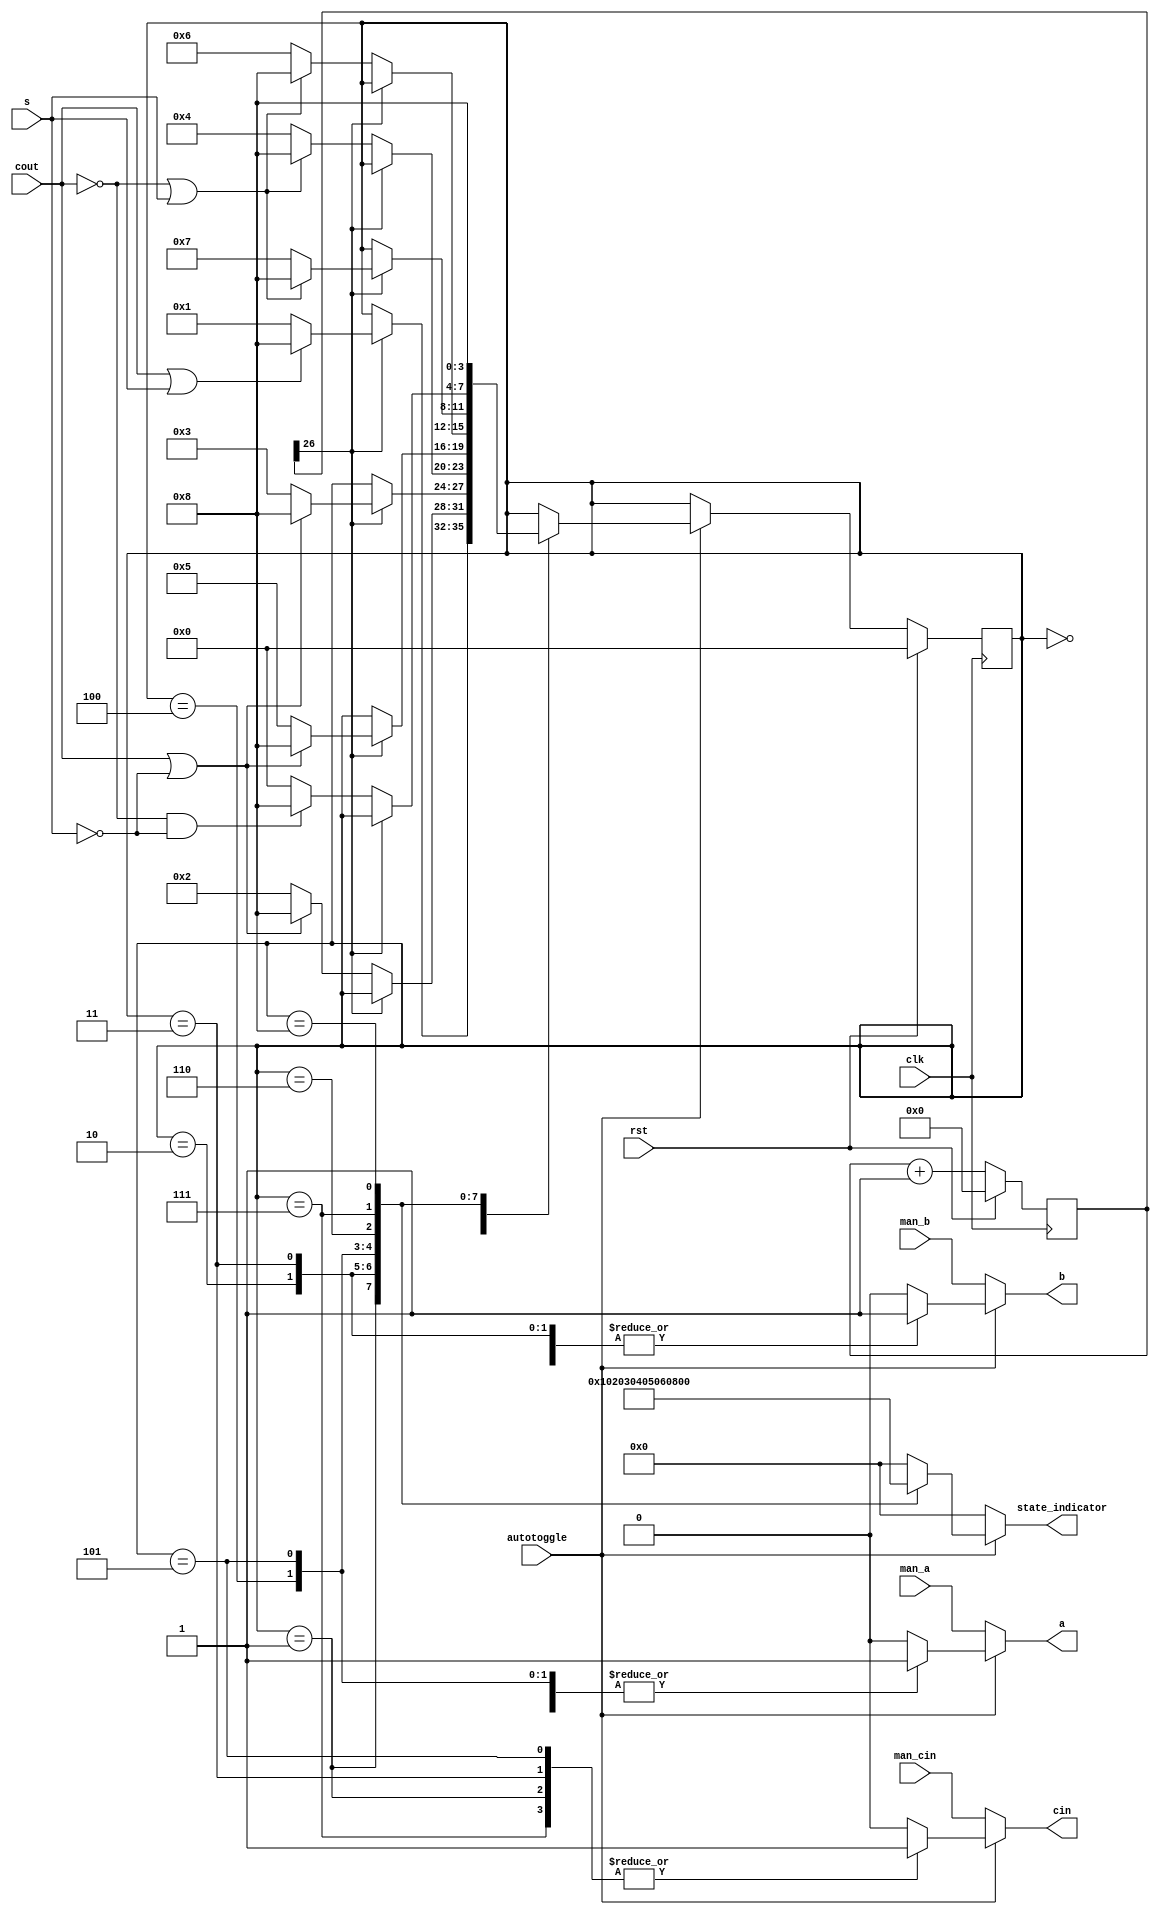
module fulladder_FSM_2 (
    input clk,
    input rst,
    output reg a,
    output reg b,
    output reg cin,
    input s,
    input cout,
    output reg [7:0] state_indicator,
    input autotoggle,
    input man_a,
    input man_b,
    input man_cin
  );
  
  
  
  reg [26:0] M_count_d, M_count_q = 1'h0;
  localparam OOO_state = 4'd0;
  localparam OOI_state = 4'd1;
  localparam OIO_state = 4'd2;
  localparam OII_state = 4'd3;
  localparam IOO_state = 4'd4;
  localparam IOI_state = 4'd5;
  localparam IIO_state = 4'd6;
  localparam III_state = 4'd7;
  localparam ERROR_state = 4'd8;
  
  reg [3:0] M_state_d, M_state_q = OOO_state;
  
  always @* begin
    M_state_d = M_state_q;
    M_count_d = M_count_q;
    
    M_count_d = M_count_q + 1'h1;
    a = 1'h0;
    b = 1'h0;
    cin = 1'h0;
    state_indicator = 8'h00;
    if (autotoggle == 1'h1) begin
      
      case (M_state_q)
        OOO_state: begin
          a = 1'h0;
          b = 1'h0;
          cin = 1'h0;
          state_indicator = 8'h00;
          if (M_count_q[26+0-:1] == 1'h1) begin
            if (cout != 1'h0 || s != 1'h0) begin
              M_state_d = ERROR_state;
            end else begin
              M_state_d = OOI_state;
            end
          end
        end
        OOI_state: begin
          a = 1'h0;
          b = 1'h0;
          cin = 1'h1;
          state_indicator = 8'h01;
          if (M_count_q[26+0-:1] == 1'h0) begin
            if (cout != 1'h0 || s != 1'h1) begin
              M_state_d = ERROR_state;
            end else begin
              M_state_d = OIO_state;
            end
          end
        end
        OIO_state: begin
          a = 1'h0;
          b = 1'h1;
          cin = 1'h0;
          state_indicator = 8'h02;
          if (M_count_q[26+0-:1] == 1'h1) begin
            if (cout != 1'h0 || s != 1'h1) begin
              M_state_d = ERROR_state;
            end else begin
              M_state_d = OII_state;
            end
          end
        end
        OII_state: begin
          a = 1'h0;
          b = 1'h1;
          cin = 1'h1;
          state_indicator = 8'h03;
          if (M_count_q[26+0-:1] == 1'h0) begin
            if (cout != 1'h1 || s != 1'h0) begin
              M_state_d = ERROR_state;
            end else begin
              M_state_d = IOO_state;
            end
          end
        end
        IOO_state: begin
          a = 1'h1;
          b = 1'h0;
          cin = 1'h0;
          state_indicator = 8'h04;
          if (M_count_q[26+0-:1] == 1'h1) begin
            if (cout != 1'h0 || s != 1'h1) begin
              M_state_d = ERROR_state;
            end else begin
              M_state_d = IOI_state;
            end
          end
        end
        IOI_state: begin
          a = 1'h1;
          b = 1'h0;
          cin = 1'h1;
          state_indicator = 8'h05;
          if (M_count_q[26+0-:1] == 1'h0) begin
            if (cout != 1'h1 || s != 1'h0) begin
              M_state_d = ERROR_state;
            end else begin
              M_state_d = IIO_state;
            end
          end
        end
        IIO_state: begin
          a = 1'h1;
          b = 1'h1;
          cin = 1'h0;
          state_indicator = 8'h06;
          if (M_count_q[26+0-:1] == 1'h1) begin
            if (cout != 1'h1 || s != 1'h0) begin
              M_state_d = ERROR_state;
            end else begin
              M_state_d = III_state;
            end
          end
        end
        III_state: begin
          a = 1'h1;
          b = 1'h1;
          cin = 1'h1;
          state_indicator = 8'h07;
          if (M_count_q[26+0-:1] == 1'h0) begin
            if (cout != 1'h1 && s != 1'h1) begin
              M_state_d = ERROR_state;
            end else begin
              M_state_d = OOO_state;
            end
          end
        end
        ERROR_state: begin
          a = 1'h0;
          b = 1'h0;
          cin = 1'h0;
          state_indicator = 8'hff;
          M_state_d = ERROR_state;
        end
      endcase
    end else begin
      a = man_a;
      b = man_b;
      cin = man_cin;
    end
  end
  
  always @(posedge clk) begin
    if (rst == 1'b1) begin
      M_state_q <= 1'h0;
    end else begin
      M_state_q <= M_state_d;
    end
  end
  
  
  always @(posedge clk) begin
    if (rst == 1'b1) begin
      M_count_q <= 1'h0;
    end else begin
      M_count_q <= M_count_d;
    end
  end
  
endmodule